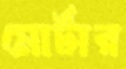
মোর্টার